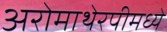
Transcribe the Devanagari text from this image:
अरोमाथेरपीमध्ये